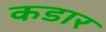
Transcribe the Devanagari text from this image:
कडार